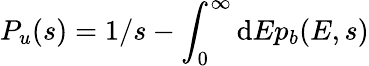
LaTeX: {P}_{u}(s)=1/s-\int_{0}^{\infty}\mathrm{d}E{p}_{b}(E,s)